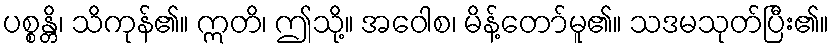
ပစ္စန္တိ၊ သိကုန်၏။ ဣတိ၊ ဤသို့။ အဝေါစ၊ မိန့်တော်မူ၏။ သဒမသုတ်ပြီး၏။